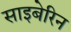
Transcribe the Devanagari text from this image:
साइबेरिन